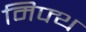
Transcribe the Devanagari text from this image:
मिफ्थ